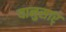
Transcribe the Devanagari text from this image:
यानुसार्